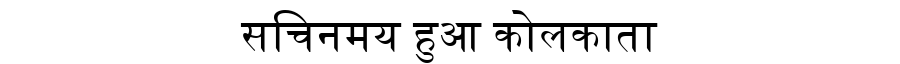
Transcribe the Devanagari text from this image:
सचिनमय हुआ कोलकाता